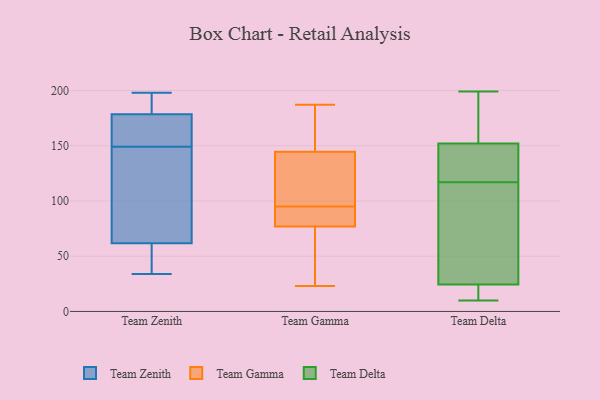
{"axis": {"x": "Bounce Rate (%)", "y": "Value"}, "legend": ["Team Delta", "Team Gamma", "Team Zenith"], "data": [{"x": "", "y": 88, "type": "Team Zenith"}, {"x": "", "y": 53, "type": "Team Zenith"}, {"x": "", "y": 149, "type": "Team Zenith"}, {"x": "", "y": 34, "type": "Team Zenith"}, {"x": "", "y": 179, "type": "Team Zenith"}, {"x": "", "y": 131, "type": "Team Zenith"}, {"x": "", "y": 168, "type": "Team Zenith"}, {"x": "", "y": 96, "type": "Team Zenith"}, {"x": "", "y": 197, "type": "Team Zenith"}, {"x": "", "y": 43, "type": "Team Zenith"}, {"x": "", "y": 123, "type": "Team Zenith"}, {"x": "", "y": 184, "type": "Team Zenith"}, {"x": "", "y": 155, "type": "Team Zenith"}, {"x": "", "y": 42, "type": "Team Zenith"}, {"x": "", "y": 198, "type": "Team Zenith"}, {"x": "", "y": 39, "type": "Team Zenith"}, {"x": "", "y": 177, "type": "Team Zenith"}, {"x": "", "y": 195, "type": "Team Zenith"}, {"x": "", "y": 175, "type": "Team Zenith"}, {"x": "", "y": 176, "type": "Team Gamma"}, {"x": "", "y": 80, "type": "Team Gamma"}, {"x": "", "y": 164, "type": "Team Gamma"}, {"x": "", "y": 74, "type": "Team Gamma"}, {"x": "", "y": 124, "type": "Team Gamma"}, {"x": "", "y": 187, "type": "Team Gamma"}, {"x": "", "y": 93, "type": "Team Gamma"}, {"x": "", "y": 23, "type": "Team Gamma"}, {"x": "", "y": 90, "type": "Team Gamma"}, {"x": "", "y": 97, "type": "Team Gamma"}, {"x": "", "y": 110, "type": "Team Gamma"}, {"x": "", "y": 127, "type": "Team Gamma"}, {"x": "", "y": 60, "type": "Team Gamma"}, {"x": "", "y": 162, "type": "Team Gamma"}, {"x": "", "y": 37, "type": "Team Gamma"}, {"x": "", "y": 85, "type": "Team Gamma"}, {"x": "", "y": 199, "type": "Team Delta"}, {"x": "", "y": 26, "type": "Team Delta"}, {"x": "", "y": 151, "type": "Team Delta"}, {"x": "", "y": 23, "type": "Team Delta"}, {"x": "", "y": 25, "type": "Team Delta"}, {"x": "", "y": 147, "type": "Team Delta"}, {"x": "", "y": 155, "type": "Team Delta"}, {"x": "", "y": 117, "type": "Team Delta"}, {"x": "", "y": 47, "type": "Team Delta"}, {"x": "", "y": 10, "type": "Team Delta"}, {"x": "", "y": 10, "type": "Team Delta"}, {"x": "", "y": 188, "type": "Team Delta"}, {"x": "", "y": 133, "type": "Team Delta"}]}